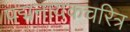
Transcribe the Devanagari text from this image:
पद्मनायकचरित्र